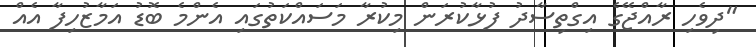
"ދިވެހި ރާއްޖޭގެ އިގްތިސާދު ފުޅާކުރަން މިކުރާ މަސައްކަތުގައި އެންމެ ބޮޑު އަމާޒުހިފާ އެއް